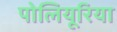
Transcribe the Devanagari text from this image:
पोलियूरिया